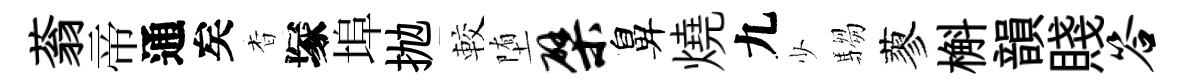
蓊帝通矣杳塚埠抛較堕檗鼻燒九少騶蓼槲韻賤答